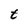
Character: t